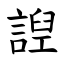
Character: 䛼